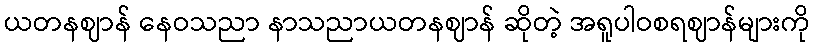
ယတနဈာန် နေဝသညာ နာသညာယတနဈာန် ဆိုတဲ့ အရူပါဝစရဈာန်များကို